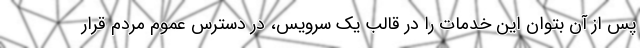
پس از آن بتوان این خدمات را در قالب یک سرویس، در دسترس عموم مردم قرار